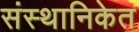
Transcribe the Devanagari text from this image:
संस्थानिकेत